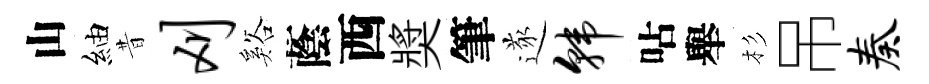
山紬昔刈谿蔭西奬筆遂韩呫舉杉吊奏